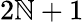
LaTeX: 2\mathbb{N}+1